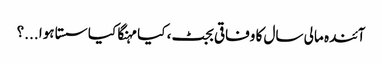
آئندہ مالی سال کا وفاقی بجٹ، کیا مہنگا کیا سستا ہوا ...؟